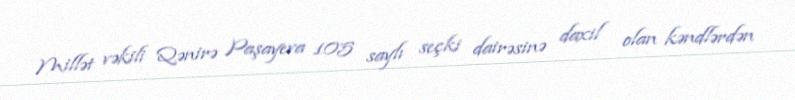
Millət vəkili Qənirə Paşayeva 105 saylı seçki dairəsinə daxil olan kəndlərdən